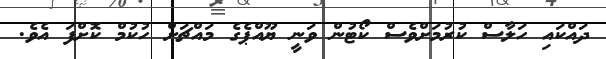
ދައްކައި ހަލާސް ކުރުމަށްވެސް ކޯޓުން ވަނީ ޔޫއްޕެގެ މައްޗަށް ހުކުމް ކޮށްފަ އެވެ.